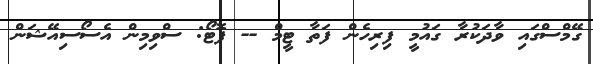
ގޭމްސްގައި ވާދަކުރާ ގައުމީ ފިރިހެން ފަތާ ޓީމް -- ފޮޓޯ: ސްވިމިން އެސޯސިއޭޝަން